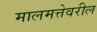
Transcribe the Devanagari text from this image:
मालमत्तेवरील